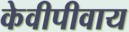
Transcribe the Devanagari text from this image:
केवीपीवाय